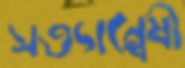
সত্যান্বেষী